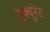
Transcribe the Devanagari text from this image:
एक्युरेट